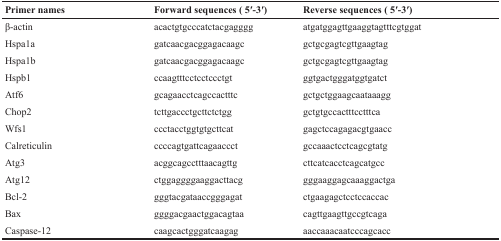
<table><thead><tr><td><b>Primer names</b></td><td><b>Forward sequences ( 5′-3′)</b></td><td><b>Reverse sequences ( 5′-3′)</b></td></tr></thead><tbody><tr><td>β-actin</td><td>acactgtgcccatctacgagggg</td><td>atgatggagttgaaggtagtttcgtggat</td></tr><tr><td>Hspa1a</td><td>gatcaacgacggagacaagc</td><td>gctgcgagtcgttgaagtag</td></tr><tr><td>Hspa1b</td><td>gatcaacgacggagacaagc</td><td>gctgcgagtcgttgaagtag</td></tr><tr><td>Hspb1</td><td>ccaagtttcctcctccctgt</td><td>ggtgactgggatggtgatct</td></tr><tr><td>Atf6</td><td>gcagaacctcagccactttc</td><td>gctgctggaagcaataaagg</td></tr><tr><td>Chop2</td><td>tcttgaccctgcttctctgg</td><td>gctgtgccactttcctttca</td></tr><tr><td>Wfs1</td><td>ccctacctggtgtgcttcat</td><td>gagctccagagacgtgaacc</td></tr><tr><td>Calreticulin</td><td>ccccagtgattcagaaccct</td><td>gccaaactcctcagcgtatg</td></tr><tr><td>Atg3</td><td>acggcagcctttaacagttg</td><td>cttcatcacctcagcatgcc</td></tr><tr><td>Atg12</td><td>ctggaggggaaggacttacg</td><td>gggaaggagcaaaggactga</td></tr><tr><td>Bcl-2</td><td>gggtacgataaccgggagat</td><td>ctgaagagctcctccaccac</td></tr><tr><td>Bax</td><td>ggggacgaactggacagtaa</td><td>cagttgaagttgccgtcaga</td></tr><tr><td>Caspase-12</td><td>caagcactgggatcaagag</td><td>aaccaaacaatcccagcacc</td></tr></tbody></table>